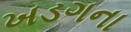
ખડગના